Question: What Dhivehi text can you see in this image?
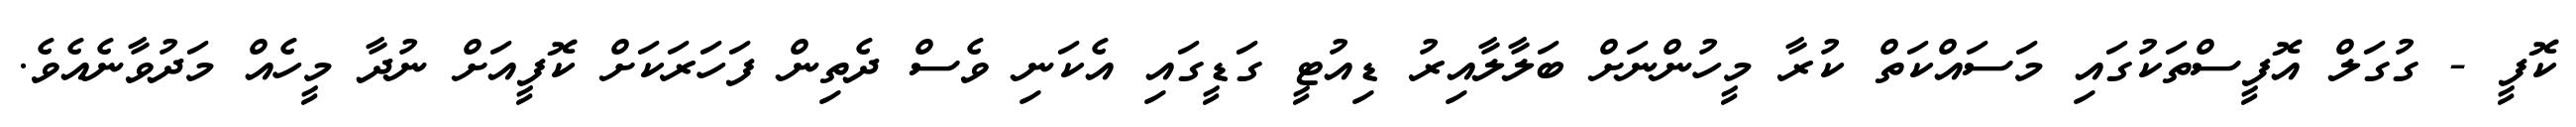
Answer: ކޮފީ - ގުގަލް އޮފީސްތަކުގައި މަސައްކަތް ކުރާ މީހުންނަށް ބަލާލާއިރު ޑިއުޓީ ގަޑީގައި އެކަނި ވެސް ދެތިން ފަހަރަކަށް ކޮފީއަށް ނުދާ މީހެއް މަދުވާނެއެވެ.